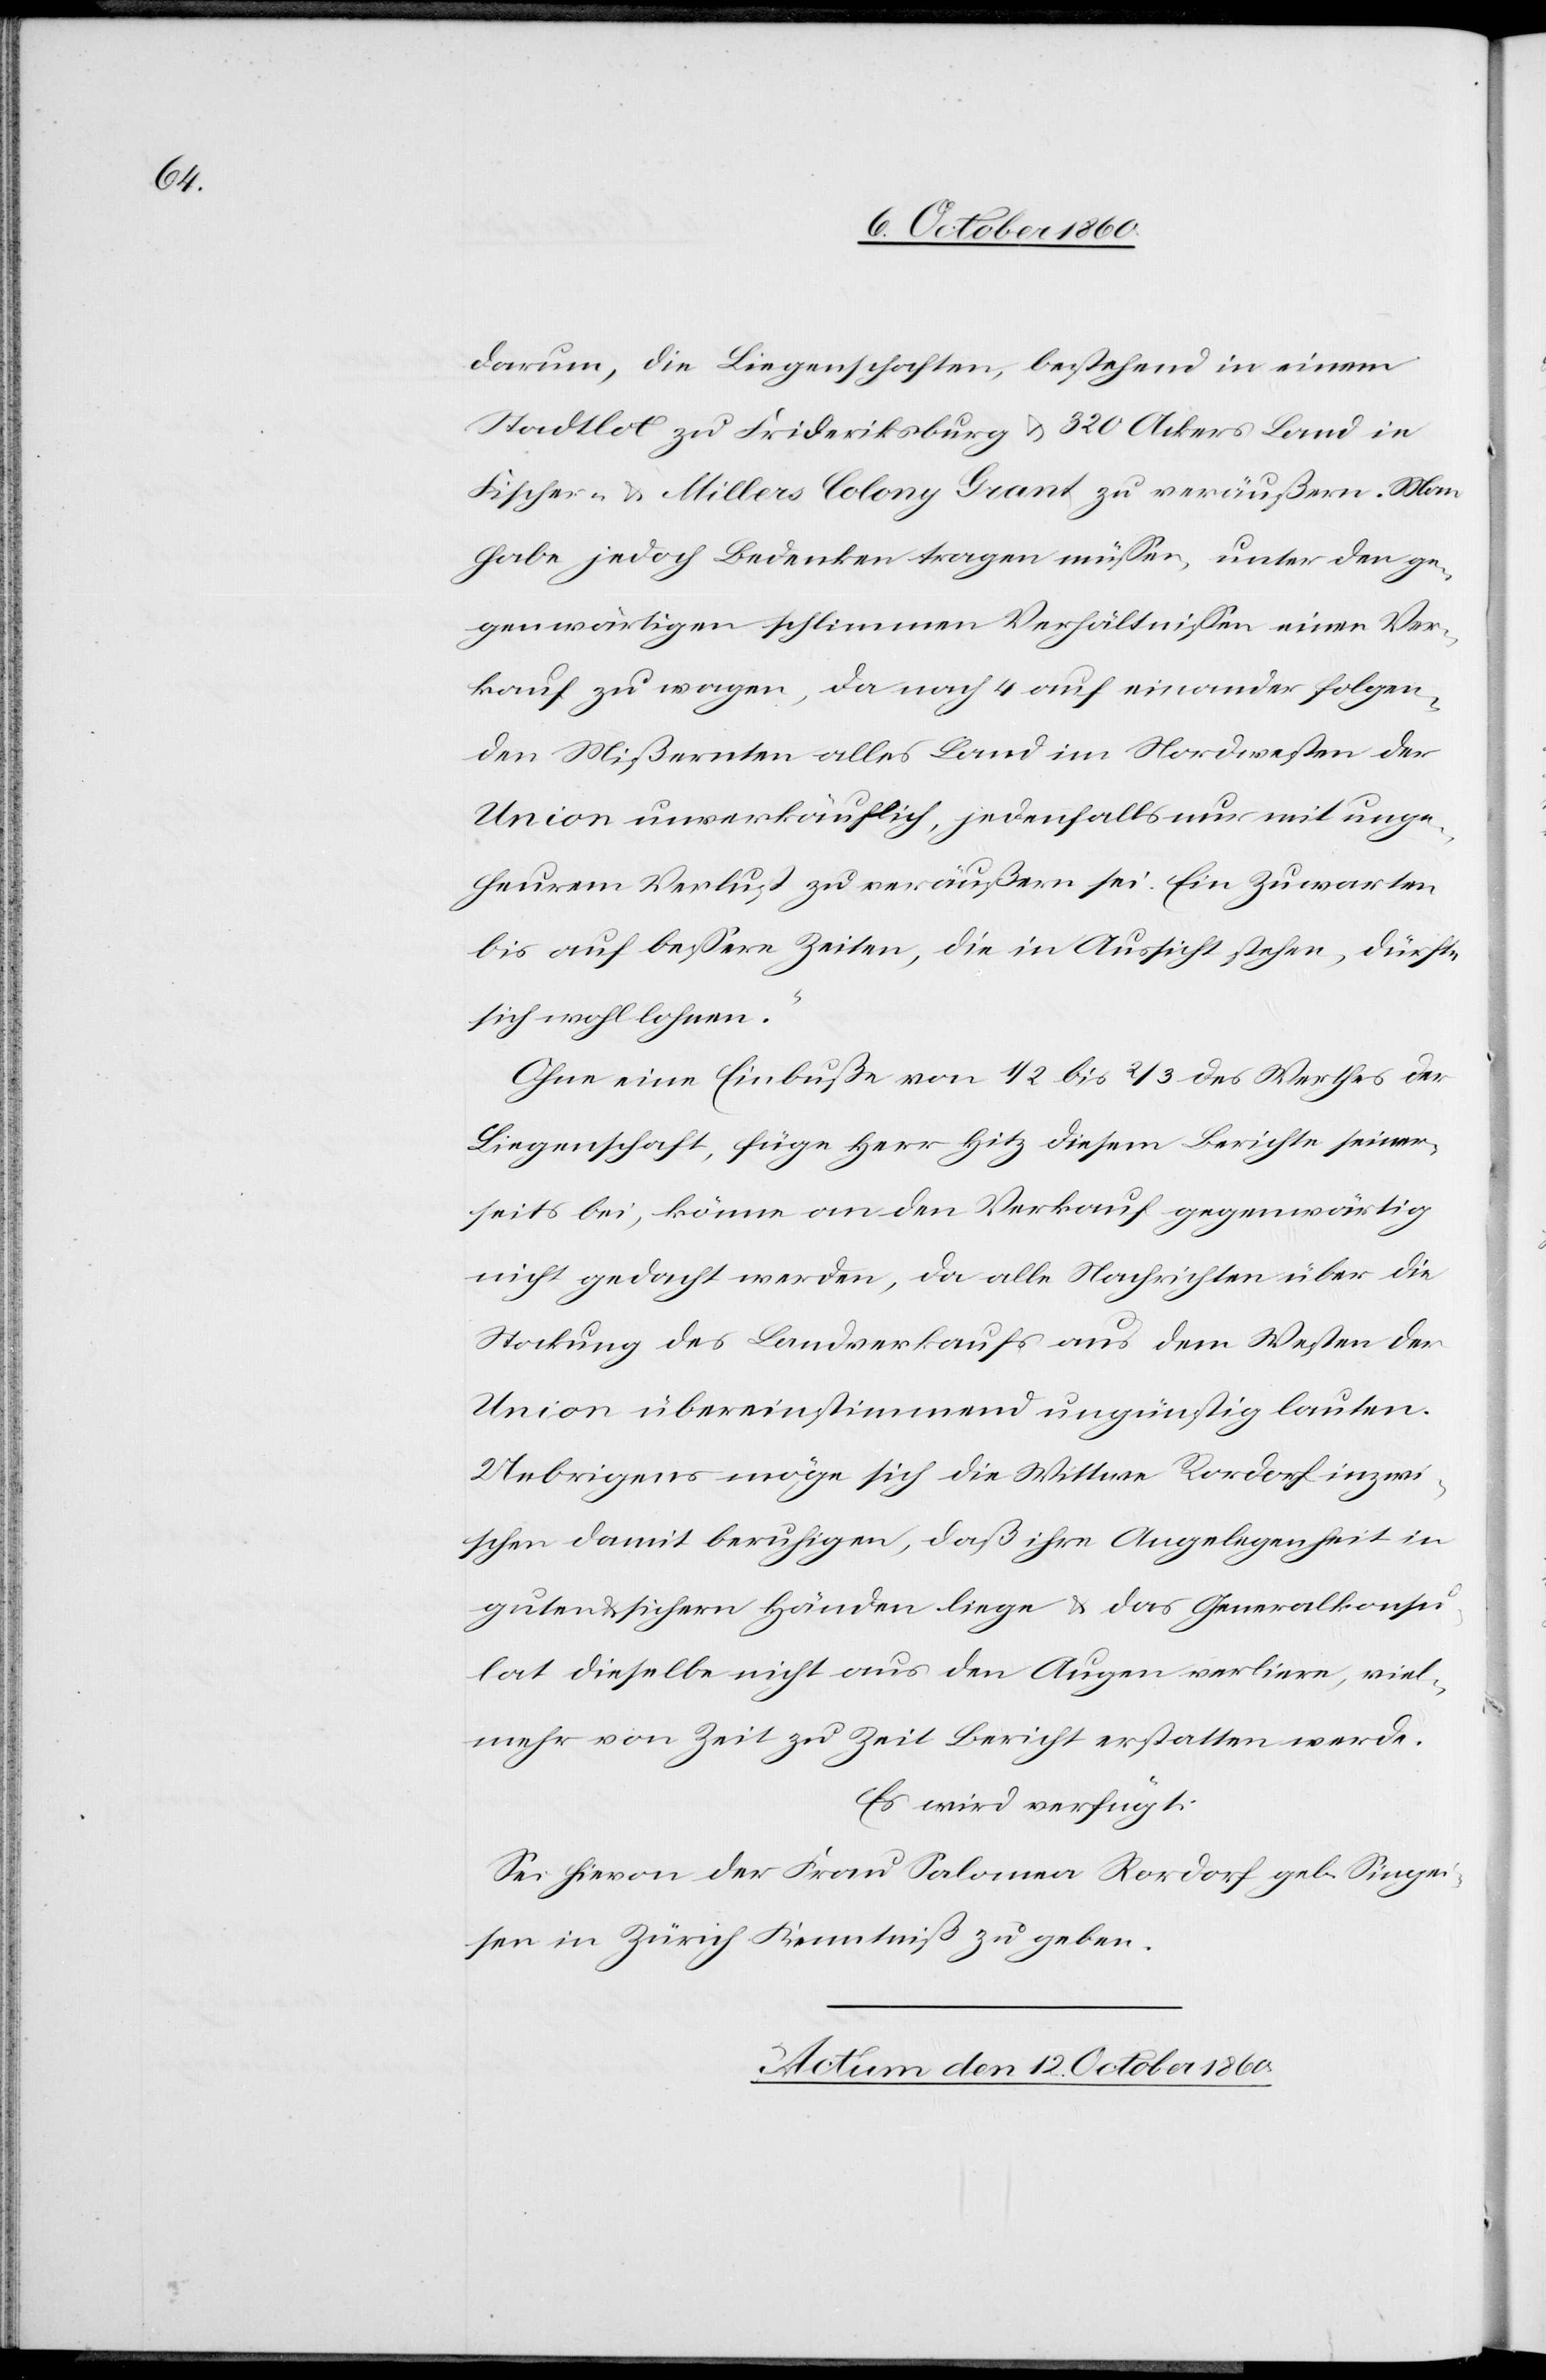
darum, die Liegenschaften, bestehend in einem
Stadtlot zu Frideriksburg u. 320 Ackers Land in
Fischer- u. Millers Colony Grant zu veräußern. Man
habe jedoch Bedenken tragen müssen, unter den ge¬
genwärtigen schlimmen Verhältnissen einen Ver¬
kauf zu wagen, da nach 4 auf einander folgen¬
den Mißernten alles Land im Nordwesten der
Union unverkäuflich, jedenfalls nur mit unge¬
heurem Verlust zu veräußern sei. Ein Zuwarten
bis auf bessere Zeiten, die in Aussicht stehen, dürfte
sich wohl lohnen.“
Ohne eine Einbuße von 1/2 bis 2/3 des Werthes der
Liegenschaft, füge Herr Hitz diesem Berichte seiner¬
seits bei, könne an den Verkauf gegenwärtig
nicht gedacht werden, da alle Nachrichten über die
Stockung des Landverkaufs aus dem Westen der
Union übereinstimmend ungünstig lauten.
Uebrigens möge sich die Wittwe Rordrof inzwi¬
schen damit beruhigen, daß ihre Angelegenheit in
guten u. sichern Händen liege u. das Generalkonsu¬
lat dieselbe nicht aus den Augen verliere, viel¬
mehr von Zeit zu Zeit Bericht erstatten werde.
Es wird verfügt:
Sei hievon der Frau Salomea Rordrof geb. Singei¬
sen in Zürich Kenntniß zu geben.
Actum den 12. October